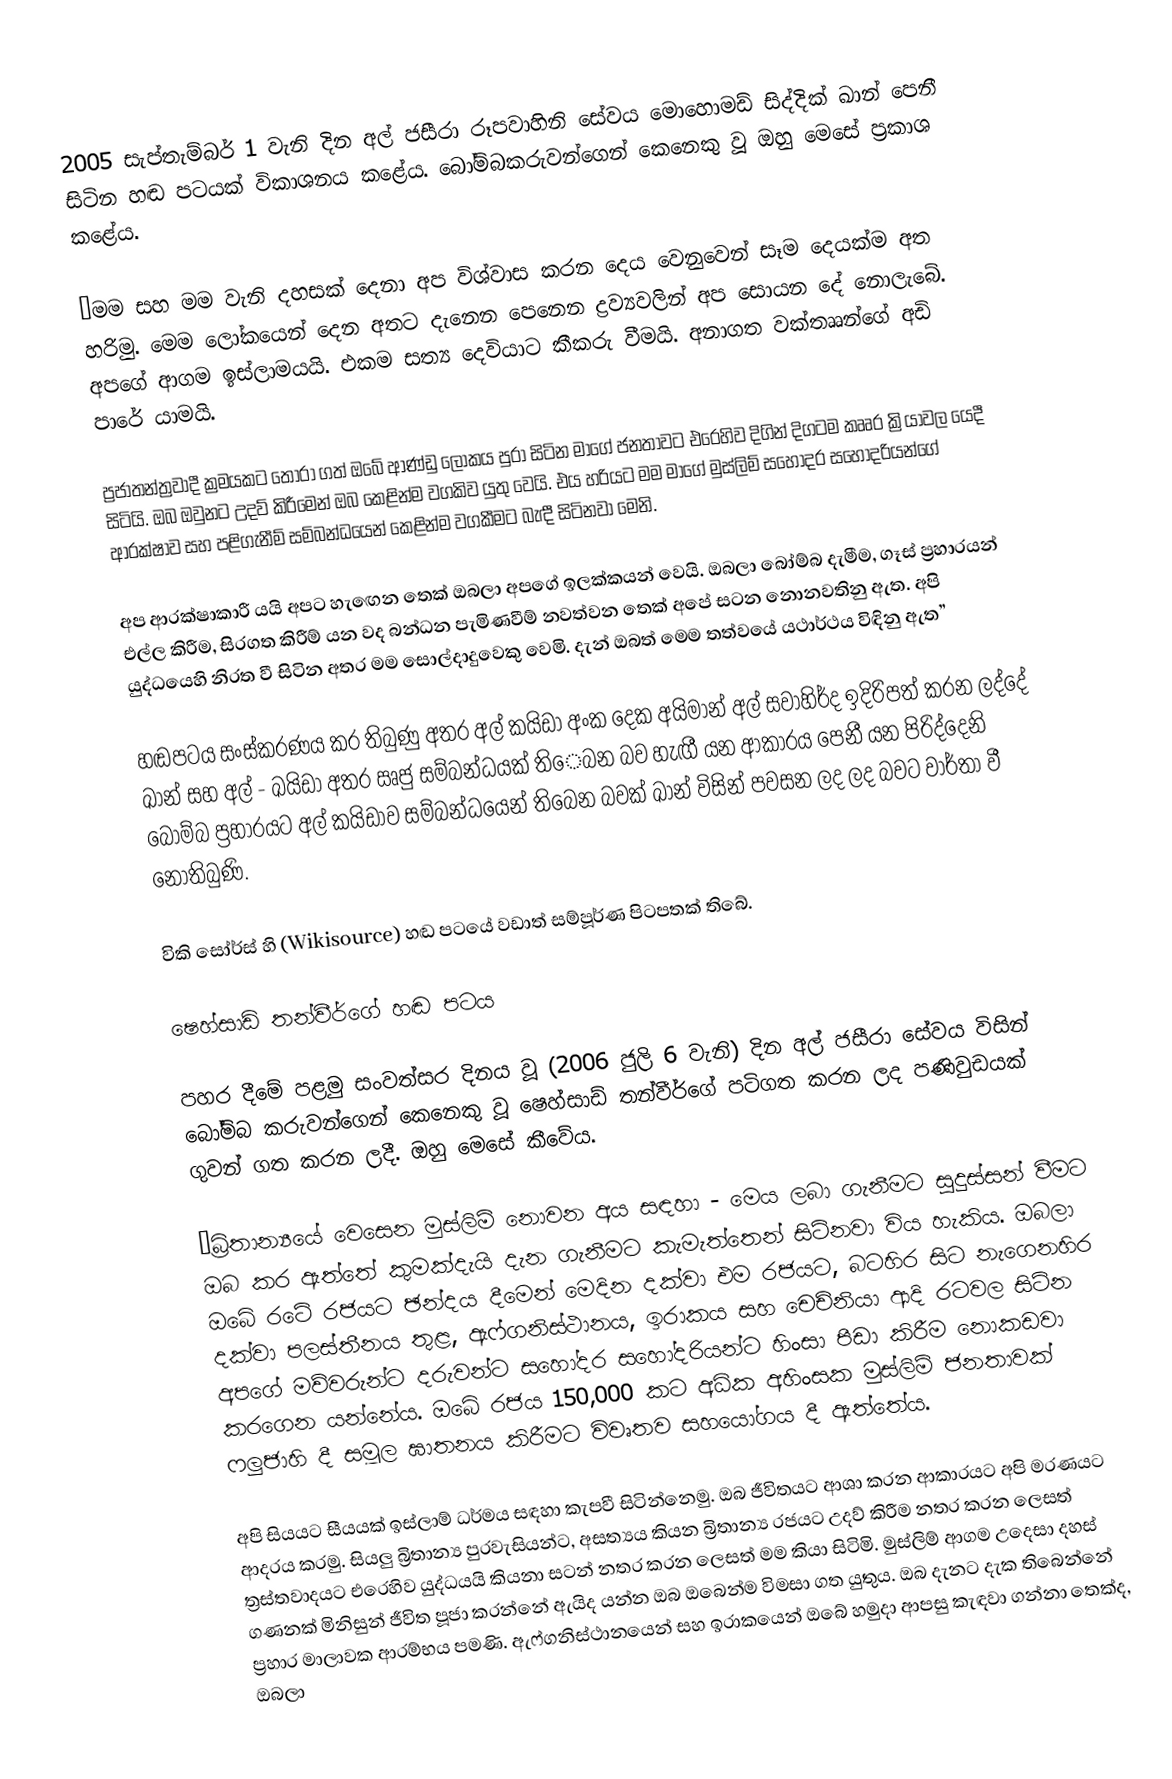
2005 සැප්තැම්බර් 1 වැනි දින අල් ජසීරා රූපවාහිනි සේවය මොහොමඩ් සිද්දික් ඛාන් පෙනී සිටින හඬ පටයක් විකාශනය කළේය. බෝම්බකරුවන්ගෙන් කෙනෙකු වූ ඔහු මෙසේ ප්‍රකාශ කළේය.

“මම සහ මම වැනි දහසක් දෙනා අප විශ්වාස කරන දෙය වෙනුවෙන් සෑම දෙයක්ම අත හරිමු. මෙම ලෝකයෙන් දෙන අතට දැනෙන පෙනෙන ද්‍රව්‍යවලින් අප සොයන දේ නොලැබේ. අපගේ ආගම ඉස්ලාමයයි. එකම සත්‍ය දෙවියාට කීකරු වීමයි. අනාගත වක්තෲන්ගේ අඩි පාරේ යාමයි.

ප්‍රජාතන්ත්‍රවාදී ක්‍රමයකට තෝරා ගත් ඔ‍බේ ආණ්ඩු ලෝකය පුරා සිටින මාගේ ජනතාවට එරෙහිව දිගින් දිගටම කෲර ක්‍රියාවල යෙදී සිටියි. ඔබ ඔවුනට උදව් කිරීමෙන් ඔබ කෙළින්ම වගකිව යුතු වෙයි. එය හරියට මම මාගේ මුස්ලිම් සහෝදර සහෝදරියන්ගේ ආරක්ෂාව සහ පළිගැනීම් සම්බන්ධයෙන් කෙළින්ම වගකීමට බැඳී සිටිනවා මෙනි.

අප ආරක්ෂාකාරී යයි අපට හැ‍ඟෙන තෙක් ඔබලා අපගේ ඉලක්කයන් වෙයි. ඔබලා බෝම්බ දැමීම, ගෑස් ප්‍රහාරයන් එල්ල කිරීම, සිරගත කිරීම් යන වද බන්ධන පැමිණවීම් නවත්වන තෙක් අපේ සටන නොනවතිනු ඇත. අපි යුද්ධයෙහි නිරත වී සිටින අතර මම සොල්දාදුවෙකු වෙමි. දැන් ඔබත් මෙම තත්වයේ යථාර්ථය විඳිනු ඇත”

හඬපටය සංස්කරණය කර තිබුණු අතර අල් කයිඩා අංක දෙක අයිමාන් අල් සවාහිර්ද ඉදිරිපත් කරන ලද්දේ ඛාන් සහ අල් - ඛයිඩා අතර ඍජු සම්බන්ධයක් ති‍ෙබන බව හැඟී යන ආකාරය පෙනී යන පිරිද්දෙනි බෝම්බ ප්‍රහාරයට අල් කයිඩාව සම්බන්ධයෙන් තිබෙන බවක් ඛාන් විසින් පවසන ලද ලද බවට වාර්තා වී නොතිබුණි.

විකි සෝර්ස් හි (Wikisource) හඬ පටයේ වඩාත් සම්පූර්ණ පිටපතක් තිබේ.

ෂෙහ්සාඩ් තන්වීර්ගේ හඬ පටය

පහර දීමේ පළමු සංවත්සර දිනය වූ (2006 ජුලි 6 වැනි) දින අල් ජසීරා සේවය විසින් බෝම්බ කරුවන්ගෙන් කෙනෙකු වූ ෂෙහ්සාඩ් තන්වීර්ගේ පටිගත කරන ලද පණිවුඩයක් ගුවන් ගත කරන ලදී. ඔහු මෙසේ කීවේය.

“බ්‍රිතාන්‍යයේ වෙසෙන මුස්ලිම් නොවන අය සඳහා - මෙය ලබා ගැනීමට සුදුස්සන් වීමට ඔබ කර ඇත්තේ කුමක්දැයි දැන ගැනීමට කැමැත්තෙන් සිටිනවා විය හැකිය. ඔබලා ඔබේ රටේ රජයට ඡන්දය දීමෙන් මෙදින දක්වා එම රජයට, බටහිර සිට නැගෙනහිර දක්වා පලස්තීනය තුළ, ඇෆ්ගනිස්ථානය, ඉරාකය සහ චෙච්නියා ආදි රටවල සිටින අපගේ මව්වරුන්ට දරුවන්ට සහෝදර සහෝදරියන්ට හිංසා පීඩා කිරීම නොකඩවා කරගෙන යන්නේය. ඔබේ රජය 150,000 කට අධික අහිංසක මුස්ලිම් ජනතාවක් ෆලුජාහි දී සමූල ඝාතනය කිරීමට විවෘතව සහයෝගය දී ඇත්තේය.

අපි සියයට සීයයක් ඉස්ලාම් ධර්මය සඳහා කැපවී සිටින්නෙමු. ඔබ ජීවිතයට ආශා කරන ආකාරයට අපි මරණයට ආදරය කරමු. සියලු බ්‍රිතාන්‍ය පුරවැසියන්ට, අසත්‍යය කියන බ්‍රිතාන්‍ය රජයට උදව් කිරීම නතර කරන ලෙසත් ත්‍රස්තවාදයට එරෙහිව යුද්ධයයි කියනා සටන් නතර කරන ලෙසත් මම කියා සිටිමි. මුස්ලිම් ආගම උදෙසා දහස් ගණනක් මිනිසුන් ජීවිත පූජා කරන්නේ ඇයිද යන්න ඔබ ඔබෙන්ම විමසා ගත යුතුය. ඔබ දැනට දැක තිබෙන්නේ ප්‍රහාර මාලාවක ආරම්භය පමණි. ඇෆ්ගනිස්ථානයෙන් සහ ඉරාකයෙන් ඔබේ හමුදා ආපසු කැඳවා ගන්නා තෙක්ද, ඔබලා